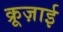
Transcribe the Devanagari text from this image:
क्रूज़ाई